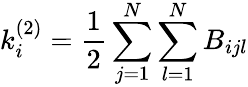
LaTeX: k_{i}^{(2)}=\frac{1}{2}\sum_{j=1}^{N}\sum_{l=1}^{N}B_{ijl}